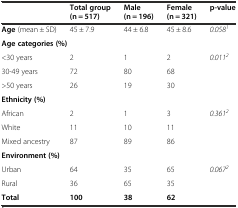
<table><thead><tr><td>[EMPTY_CELL]</td><td><b>Total group (n = 517)</b></td><td><b>Male (n = 196)</b></td><td><b>Female (n = 321)</b></td><td><b>p-value</b></td></tr></thead><tbody><tr><td><b>Age</b> (mean ± SD)</td><td>45 ± 7.9</td><td>44 ± 6.8</td><td>45 ± 8.6</td><td><i>0.058</i><sup><i>1</i></sup></td></tr><tr><td colspan="5"><b>Age categories (%)</b></td></tr><tr><td>&lt;30 years</td><td>2</td><td>1</td><td>2</td><td><i>0.011</i><sup><i>2</i></sup></td></tr><tr><td>30-49 years</td><td>72</td><td>80</td><td>68</td><td>[EMPTY_CELL]</td></tr><tr><td>&gt;50 years</td><td>26</td><td>19</td><td>30</td><td>[EMPTY_CELL]</td></tr><tr><td colspan="5"><b>Ethnicity (%)</b></td></tr><tr><td>African</td><td>2</td><td>1</td><td>3</td><td rowspan="3"><i>0.361</i><sup><i>2</i></sup></td></tr><tr><td>White</td><td>11</td><td>10</td><td>11</td></tr><tr><td>Mixed ancestry</td><td>87</td><td>89</td><td>86</td></tr><tr><td colspan="5"><b>Environment (%)</b></td></tr><tr><td>Urban</td><td>64</td><td>35</td><td>65</td><td rowspan="2"><i>0.067</i><sup><i>2</i></sup></td></tr><tr><td>Rural</td><td>36</td><td>65</td><td>35</td></tr><tr><td><b>Total</b></td><td><b>100</b></td><td><b>38</b></td><td><b>62</b></td><td>[EMPTY_CELL]</td></tr></tbody></table>